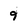
Character: 9